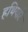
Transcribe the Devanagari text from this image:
हथियारें